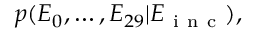
\begin{array} { r } { p ( E _ { 0 } , \dots , E _ { 2 9 } \vert E _ { \mathrm { ~ i ~ n ~ c ~ } } ) , } \end{array}